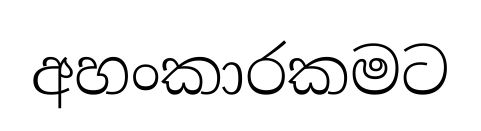
අහංකාරකමට